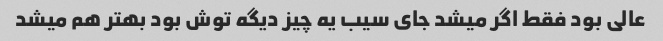
عالی بود فقط اگر میشد جای سیب یه چیز دیگه توش بود بهتر هم میشد